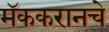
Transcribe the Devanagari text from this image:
मॅककरानचे